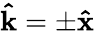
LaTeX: \boldsymbol{\hat{\textbf{k}}}=\pm\boldsymbol{\hat{\textbf{x}}}